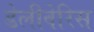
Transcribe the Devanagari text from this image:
डेलीवेरिस